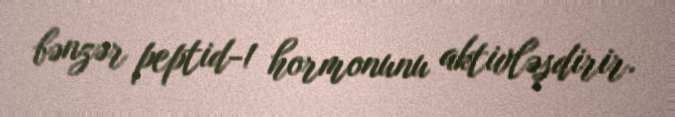
bənzər peptid-1 hormonunu aktivləşdirir.